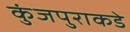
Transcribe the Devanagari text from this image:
कुंजपुराकडे